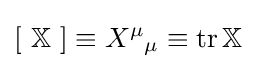
[\ \mathbb {X} \ ]\equiv X^{\mu }{}_{\mu }\equiv \operatorname {tr} \mathbb {X} ~